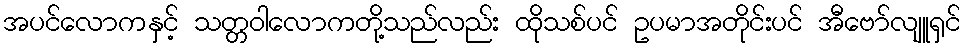
အပင်လောကနှင့် သတ္တဝါလောကတို့သည်လည်း ထိုသစ်ပင် ဥပမာအတိုင်းပင် အီဗော်လျူရှင်